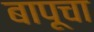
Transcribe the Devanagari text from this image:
बापूचा